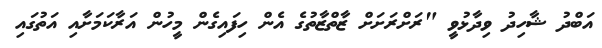
އަބްދު ޝާހިދު ވިދާޅުވީ "ރަށްރަށަށް ޒާތްޒާތުގެ އެން ހިފައިގެން މީހުން އަރާކަމަށާއި އަތުގައި